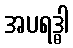
အပရဒ္ဓါ